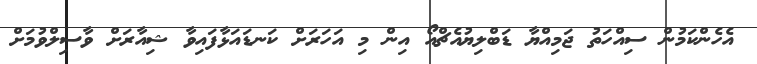
އެހެންކަމުން ސިއްހަތު ޖަމިއްޔާ ޑަބްލިޔުއެޗްއޯ އިން މި އަހަރަށް ކަނޑައަޅާފައިވާ ޝިއާރަށް ވާސިލްވުމަށް